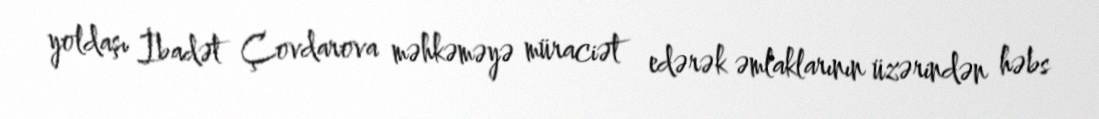
yoldaşı İbadət Çovdarova məhkəməyə müraciət edərək əmlaklarının üzərindən həbs